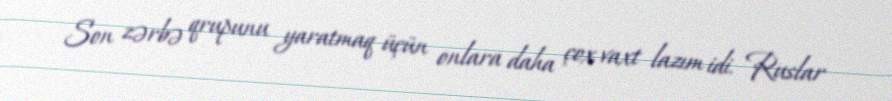
Son zərbə qrupunu yaratmaq üçün onlara daha çox vaxt lazım idi. Ruslar